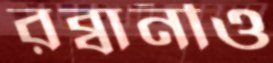
রব্বানীও